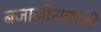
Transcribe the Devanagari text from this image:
बजाजीरावांनी